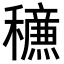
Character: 𥣹